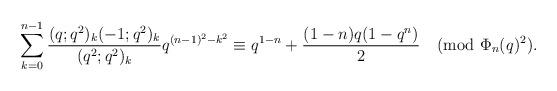
LaTeX: \begin{align*}\sum_{k=0}^{n-1}\frac{(q;q^2)_k(-1;q^2)_k}{(q^2;q^2)_k}q^{(n-1)^2-k^2}\equiv q^{1-n}+\frac{(1-n)q(1-q^n)}{2}\pmod{\Phi_n(q)^2}.\end{align*}